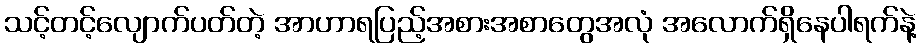
သင့်တင့်လျောက်ပတ်တဲ့ အာဟာရပြည့်အစားအစာတွေအလုံ အလောက်ရှိနေပါရက်နဲ့